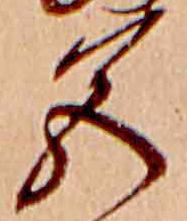
色